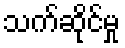
သက်ဆိုင်မှု